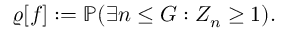
\varrho [ f ] : = \mathbb { P } ( \exists n \leq G : Z _ { n } \geq 1 ) .